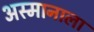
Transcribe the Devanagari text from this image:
अस्मानाला